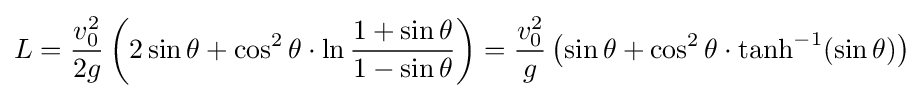
L={\frac {v_{0}^{2}}{2g}}\left(2\sin \theta +\cos ^{2}\theta \cdot \ln {\frac {1+\sin \theta }{1-\sin \theta }}\right)={\frac {v_{0}^{2}}{g}}\left(\sin \theta +\cos ^{2}\theta \cdot \tanh ^{-1}(\sin \theta )\right)